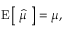
\operatorname { E } { \big [ } \; { \widehat { \mu } } \; { \big ] } = \mu ,